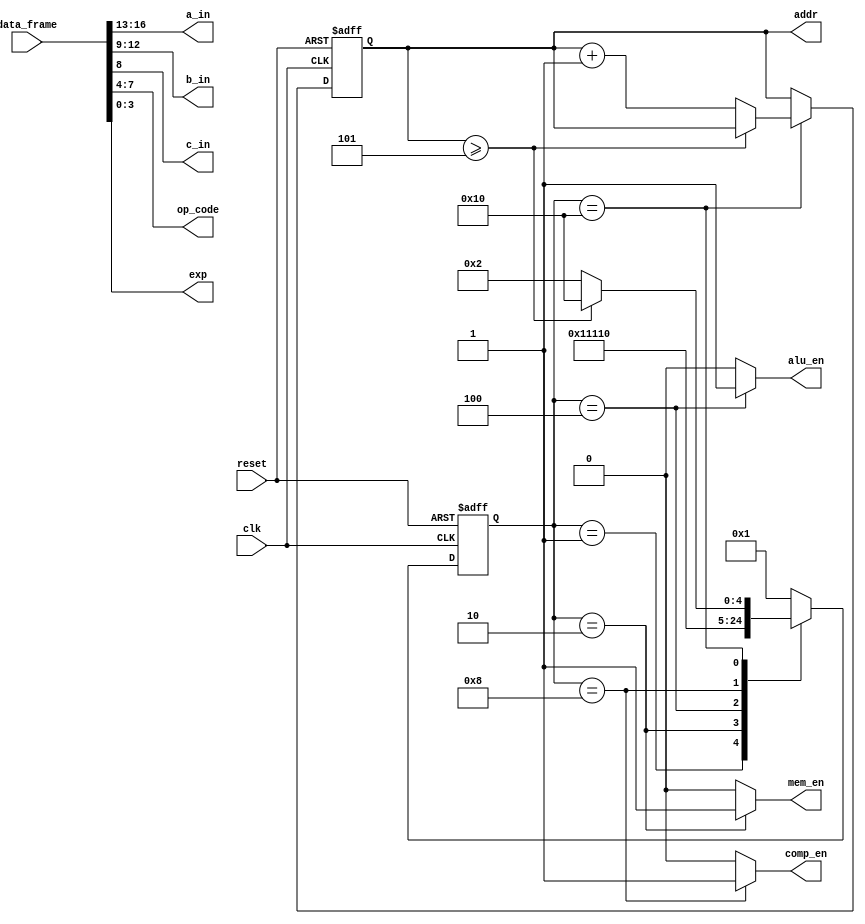
`timescale 1ns / 1ps
module cntrl_fsm(
		input reset,
		input clk,
		input [16:0] data_frame,
		output reg [16:13] a_in,
		output reg [12:9] b_in,
		output reg c_in,
		output reg [7:4] op_code,
		output reg [3:0] exp,
		output reg alu_en,
		output reg mem_en,
		output reg comp_en,
		output reg [2:0] addr
    );
	 
	localparam[4:0]
	s0_init = 5'b00001,
	s1_fetch = 5'b00010,
	s2_alu = 5'b00100,
	s3_comp = 5'b01000,
	s4_done = 5'b10000;

	reg [4:0] curr_state;
	reg [4:0] next_state;
	reg [2:0] addr_i;
	 
	always@(posedge clk, posedge reset)
	begin
		if(reset == 1'b1)
			begin
				curr_state <= s0_init;
				addr <= 3'b000;
			end
		else
			begin
				curr_state <= next_state;
				addr <= addr_i;
			end
	end

	always@(curr_state)
	begin
		a_in = data_frame[16:13];
		b_in = data_frame[12:9];
		c_in = data_frame[8];
		op_code = data_frame[7:4];
		exp = data_frame[3:0];
		
		addr_i = addr;
		
		case(curr_state)
			s0_init:
				begin
					alu_en = 1'b0;
					mem_en = 1'b0;
					comp_en = 1'b0;
					
					next_state = s1_fetch;
				end
			s1_fetch:
				begin
					alu_en = 1'b0;
					mem_en = 1'b1;
					comp_en = 1'b0;
					
					next_state = s2_alu;
				end
			s2_alu:
				begin
					alu_en = 1'b1;
					mem_en = 1'b0;
					comp_en = 1'b0;
					
					next_state = s3_comp;
				end
			s3_comp:
				begin
					alu_en = 1'b0;
					mem_en = 1'b0;
					comp_en = 1'b1;
					
					next_state = s4_done;
				end
			s4_done:
				begin
					alu_en = 1'b0;
					mem_en = 1'b0;
					comp_en = 1'b0;
					
					if(addr_i >= 3'b101)
						begin
							next_state = s4_done;
						end
					else
						begin
							next_state = s1_fetch;
							addr_i = addr_i + 1;
						end
				end
			default:
				begin
					alu_en = 1'b0;
					mem_en = 1'b0;
					comp_en = 1'b0;
					
					next_state = s0_init;
				end
		endcase
	end

endmodule